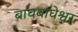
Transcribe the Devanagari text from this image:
बाघबाघेश्वर